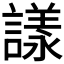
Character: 𧫛